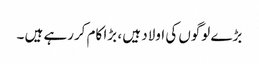
بڑے لوگوں کی اولاد ہیں ، بڑا کام کررہے ہیں ۔